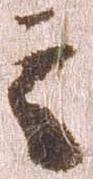
之